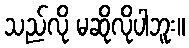
သည်လို မဆိုလိုပါဘူး။